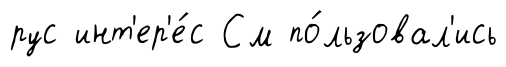
рус инт'ер'е́с См по́льзовал'ись